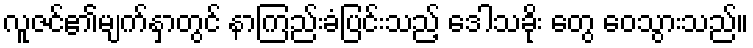
လူဇင်၏မျက်နှာတွင် နာကြည်းခံပြင်းသည့် ဒေါသခိုး တွေ ဝေသွားသည်။